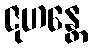
ဇုဟန္တေ